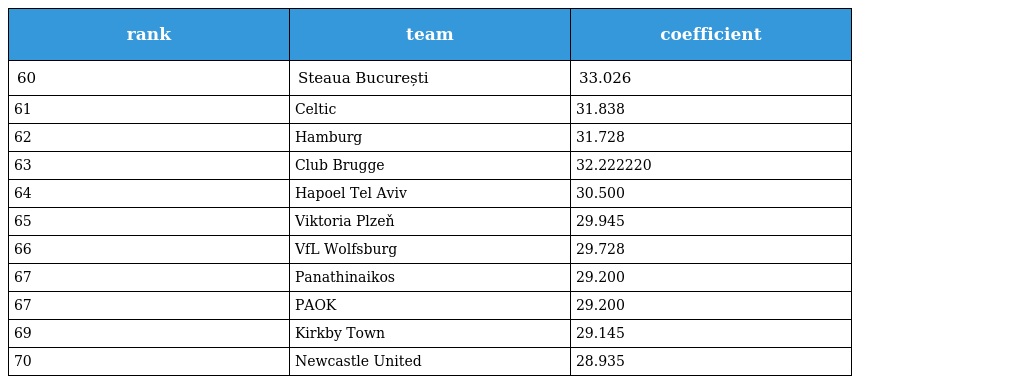
| rank | team | coefficient |
 | --- | --- | --- |
 | 60 | Steaua București | 33.026 |
 | 61 | Celtic | 31.838 |
 | 62 | Hamburg | 31.728 |
 | 63 | Club Brugge | 32.222220 |
 | 64 | Hapoel Tel Aviv | 30.500 |
 | 65 | Viktoria Plzeň | 29.945 |
 | 66 | VfL Wolfsburg | 29.728 |
 | 67 | Panathinaikos | 29.200 |
 | 67 | PAOK | 29.200 |
 | 69 | Kirkby Town | 29.145 |
 | 70 | Newcastle United | 28.935 |